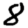
Digit: 8